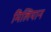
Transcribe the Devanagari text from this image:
मिलियान